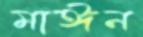
মাঈন